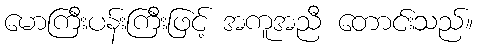
မောကြီးပန်းကြီးဖြင့် အကူအညီ တောင်းသည်။